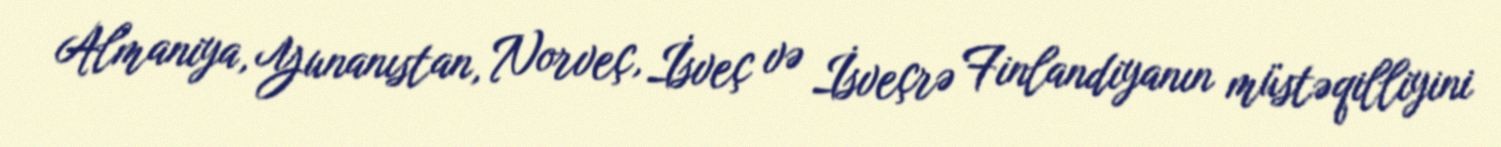
Almaniya, Yunanıstan, Norveç, İsveç və İsveçrə Finlandiyanın müstəqilliyini